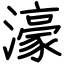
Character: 濠